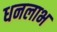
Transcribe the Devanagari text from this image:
धनलाभ